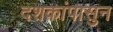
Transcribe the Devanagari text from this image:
दशकांपासुन